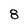
Character: 8